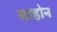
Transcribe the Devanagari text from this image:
साहोन